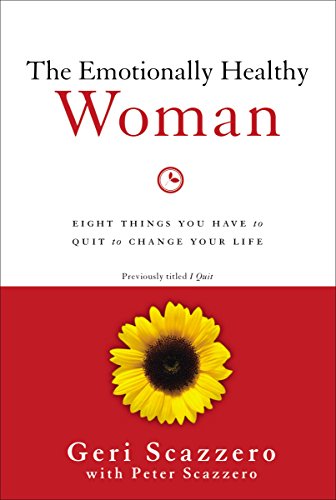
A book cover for The Emotionally Healthy Woman: Eight Things You Have to Quit to Change Your Life; Geri Scazzero; Christian Books & Bibles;